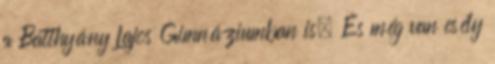
a Batthyány Lajos Gimnáziumban is. És még van esély